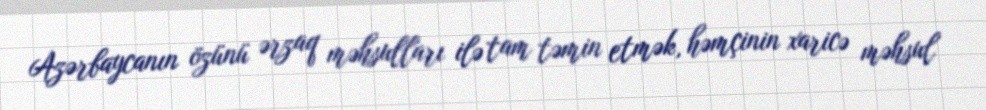
Azərbaycanın özünü ərzaq məhsulları ilə tam təmin etmək, həmçinin xaricə məhsul